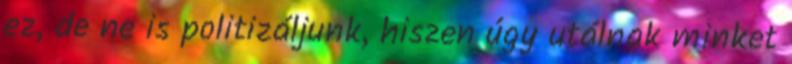
ez, de ne is politizáljunk, hiszen úgy utálnak minket